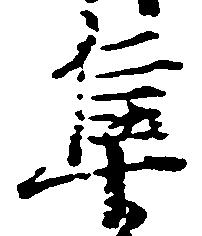
隼